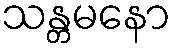
သန္တမနော